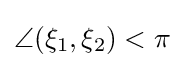
\angle (\xi _{1},\xi _{2})<\pi